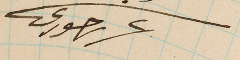
عرىر حورى